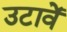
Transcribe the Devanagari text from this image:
उटावें